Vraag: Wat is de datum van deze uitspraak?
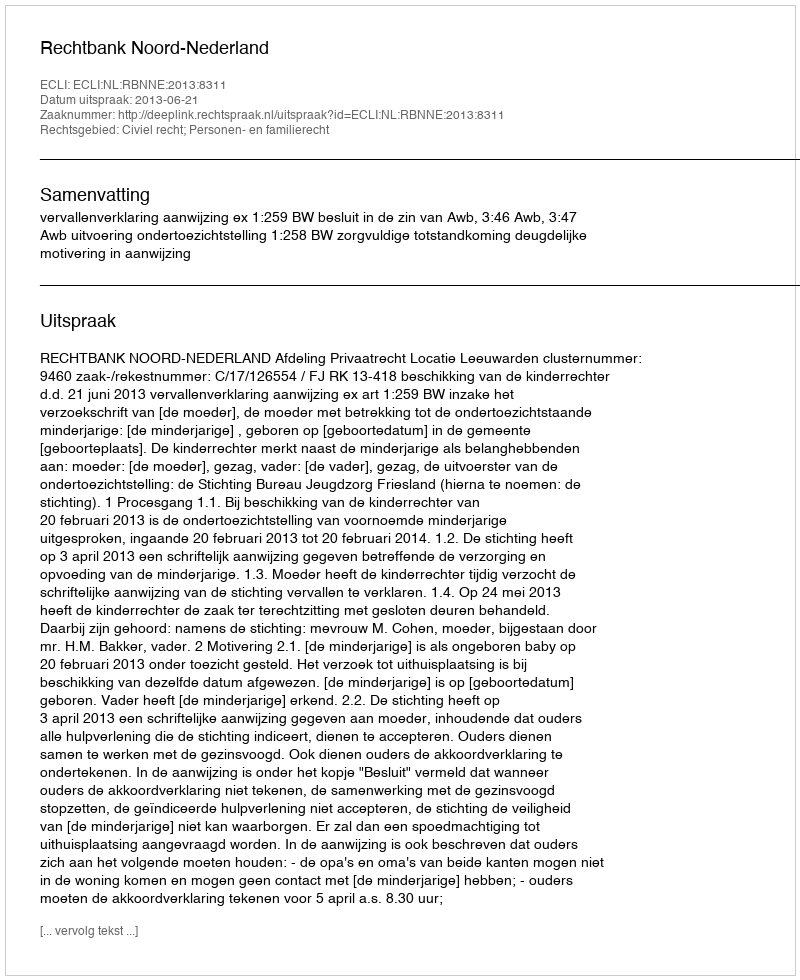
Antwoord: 2013-06-21